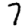
Digit: 7